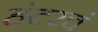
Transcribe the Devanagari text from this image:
हंटरचं